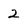
Character: 2